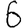
Digit: 6